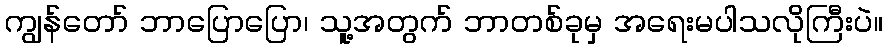
ကျွန်တော် ဘာပြောပြော၊ သူ့အတွက် ဘာတစ်ခုမှ အရေးမပါသလိုကြီးပဲ။